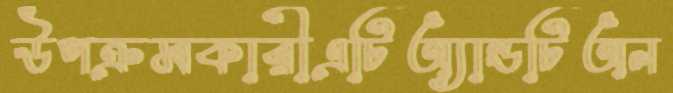
উপক্রমকারীএটিঅ্যান্ডটিঅন